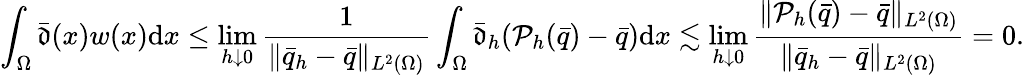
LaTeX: \int_{\Omega}\bar{\mathfrak{d}}(x)w(x)\mathrm{d}x\leq\operatorname*{lim}_{h\downarrow 0}\frac{1}{\| \bar{q}_{h}-\bar{q}\| _{L^{2}(\Omega)}}\int_{\Omega}\bar{\mathfrak{d}}_{h}(\mathcal{P}_{h}(\bar{q})-\bar{q})\mathrm{d}x\lesssim\operatorname*{lim}_{h\downarrow 0}\frac{\| \mathcal{P}_{h}(\bar{q})-\bar{q}\| _{L^{2}(\Omega)}}{\| \bar{q}_{h}-\bar{q}\| _{L^{2}(\Omega)}}=0.